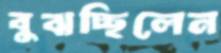
বুঝচ্ছিলেন